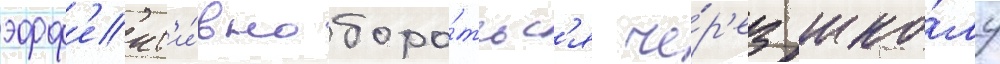
эфф'ект'и́вно боро́тьс'я че́р'ез шко́лу